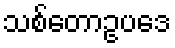
သစ်တောဥပဒေ